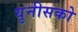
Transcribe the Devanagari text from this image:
युनीसको